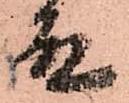
殿